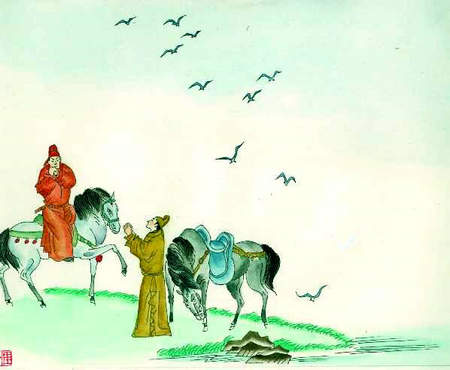
但去莫复问，白云无尽时。